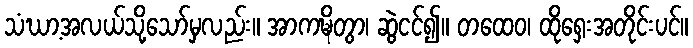
သံဃာ့အလယ်သို့သော်မှလည်း။ အာကဍ္ဎိတွာ၊ ဆွဲငင်၍။ တထေဝ၊ ထိုရှေးအတိုင်းပင်။